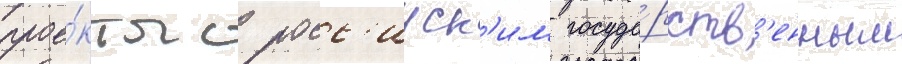
прое́кты с росс'ииск'им госуда́рств'енным